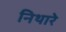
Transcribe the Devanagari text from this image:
निथारे